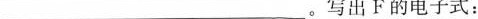
___。写出F的电子式：